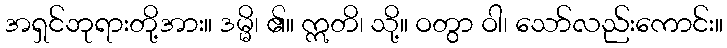
အရှင်ဘုရားတို့အား။ ဒမ္မိ၊ ၏။ ဣတိ၊ သို့။ ဝတွာ ဝါ၊ သော်လည်းကောင်း။